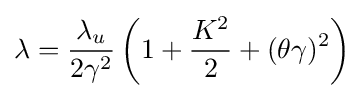
\lambda ={\frac {\lambda _{u}}{2\gamma ^{2}}}\left(1+{\frac {K^{2}}{2}}+(\theta \gamma )^{2}\right)